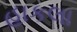
હાકલા